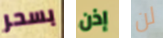
بسحر إذن لن